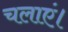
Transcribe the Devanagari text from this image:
चलाएं।